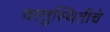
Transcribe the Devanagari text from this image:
वस्तुस्थितीचे